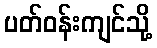
ပတ်ဝန်းကျင်သို့